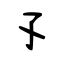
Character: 孓